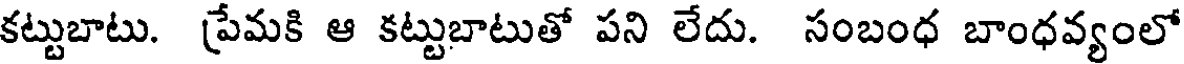
కట్టుబాటు. ప్రేమకి ఆ కట్టుబాటుతో పని లేదు. సంబంధ బాంధవ్యంలో